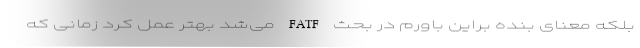
بلکه معنای بنده براین باورم در بحث FATF می‌شد بهتر عمل کرد زمانی که